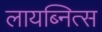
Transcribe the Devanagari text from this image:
लायब्नित्स